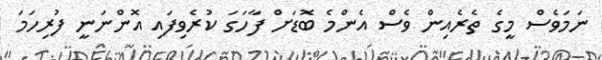
ނަމަވެސް މީގެ ތެރެއިން ވެސް އެންމެ ބޮޑަށް ފާހަގަ ކުރެވިފައި އޮންނަނީ ފުރިހަމަ